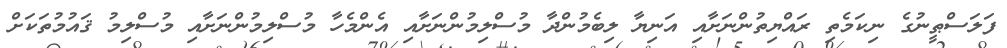
ފަލަސްޠީނުގެ ނިކަމެތި ރައްޔިތުންނަށާއި އަނިޔާ ލިބެމުންދާ މުސްލިމުންނަށާއި އެންމެހާ މުސްލިމުންނަށާއި މުސްލިމު ޤައުމުތަކަށް